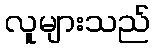
လူများသည်